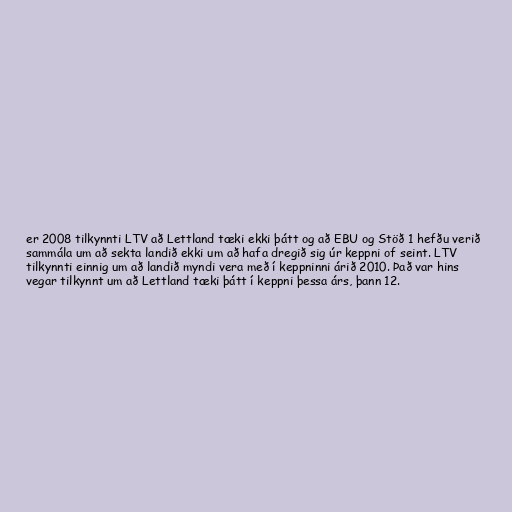
er 2008 tilkynnti LTV að Lettland tæki ekki þátt og að EBU og Stöð 1 hefðu verið
sammála um að sekta landið ekki um að hafa dregið sig úr keppni of seint. LTV
tilkynnti einnig um að landið myndi vera með í keppninni árið 2010. Það var hins
vegar tilkynnt um að Lettland tæki þátt í keppni þessa árs, þann 12.